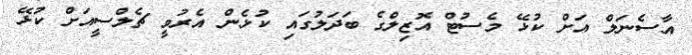
އާސެނަލް އަށް ކުޅޭ މެސުޓް އޮޒިލްގެ ބަދަލުގައި ކުޅެން އެރުވީ ޗެލްސީއަށް ކުޅޭ